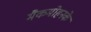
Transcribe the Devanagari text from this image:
मैकमोहनके